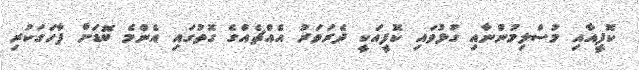
ކޮފީއާއި މުސްލިމުންނާއި ގުޅުވައި ކޮފީއަކީ ދެރަވަރު އެއްޗެއްގެ ގޮތުގައި އެންމެ ބޮޑަށް ފާހަގަކުރި